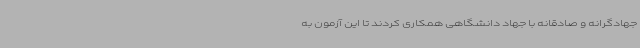
جهادگرانه و صادقانه با جهاد دانشگاهی همکاری کردند تا این آزمون به